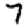
Digit: 7